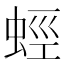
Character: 蛵